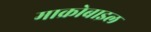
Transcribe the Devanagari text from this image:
माक्रोबाइल